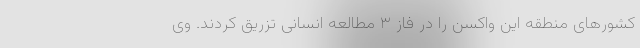
کشورهای منطقه این واکسن را در فاز ۳ مطالعه انسانی تزریق کردند. وی